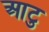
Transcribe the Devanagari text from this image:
आटु